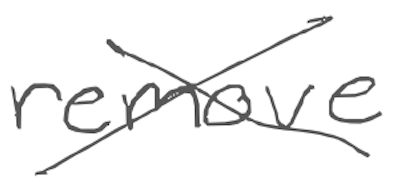
Text: remove
Cross-out: cross
Writing tool: digital_gray